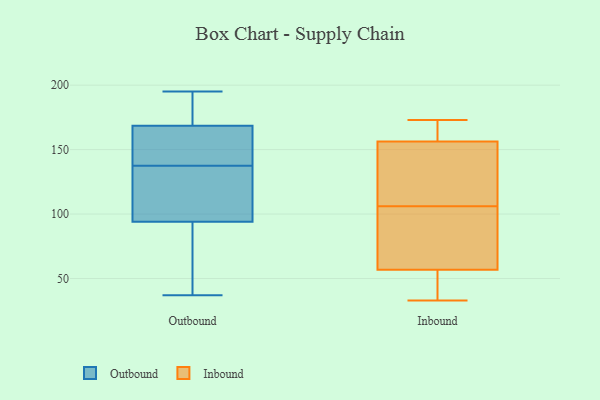
{"axis": {"x": "Customer Acquisition Cost (USD)", "y": "Value"}, "legend": ["Inbound", "Outbound"], "data": [{"x": "", "y": 171, "type": "Outbound"}, {"x": "", "y": 122, "type": "Outbound"}, {"x": "", "y": 54, "type": "Outbound"}, {"x": "", "y": 179, "type": "Outbound"}, {"x": "", "y": 37, "type": "Outbound"}, {"x": "", "y": 165, "type": "Outbound"}, {"x": "", "y": 166, "type": "Outbound"}, {"x": "", "y": 107, "type": "Outbound"}, {"x": "", "y": 142, "type": "Outbound"}, {"x": "", "y": 80, "type": "Outbound"}, {"x": "", "y": 81, "type": "Outbound"}, {"x": "", "y": 181, "type": "Outbound"}, {"x": "", "y": 138, "type": "Outbound"}, {"x": "", "y": 137, "type": "Outbound"}, {"x": "", "y": 192, "type": "Outbound"}, {"x": "", "y": 118, "type": "Outbound"}, {"x": "", "y": 80, "type": "Outbound"}, {"x": "", "y": 108, "type": "Outbound"}, {"x": "", "y": 164, "type": "Outbound"}, {"x": "", "y": 195, "type": "Outbound"}, {"x": "", "y": 75, "type": "Inbound"}, {"x": "", "y": 171, "type": "Inbound"}, {"x": "", "y": 128, "type": "Inbound"}, {"x": "", "y": 173, "type": "Inbound"}, {"x": "", "y": 153, "type": "Inbound"}, {"x": "", "y": 57, "type": "Inbound"}, {"x": "", "y": 91, "type": "Inbound"}, {"x": "", "y": 33, "type": "Inbound"}, {"x": "", "y": 85, "type": "Inbound"}, {"x": "", "y": 37, "type": "Inbound"}, {"x": "", "y": 166, "type": "Inbound"}, {"x": "", "y": 172, "type": "Inbound"}, {"x": "", "y": 56, "type": "Inbound"}, {"x": "", "y": 35, "type": "Inbound"}, {"x": "", "y": 118, "type": "Inbound"}, {"x": "", "y": 139, "type": "Inbound"}, {"x": "", "y": 106, "type": "Inbound"}]}